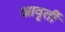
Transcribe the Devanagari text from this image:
आवृर्ती